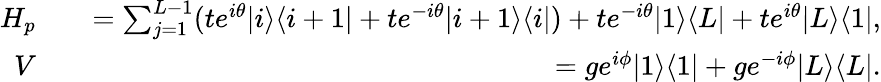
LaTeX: \begin{array}{rlr}{H_{p}}&{}&{=\sum_{j=1}^{L-1}(te^{i\theta}|i\rangle\langle i+1|+te^{-i\theta}|i+1\rangle\langle i|)+te^{-i\theta}|1\rangle\langle L|+te^{i\theta}|L\rangle\langle 1|,}\\ {V}&{}&{=ge^{i\phi}|1\rangle\langle 1|+ge^{-i\phi}|L\rangle\langle L|.}\end{array}